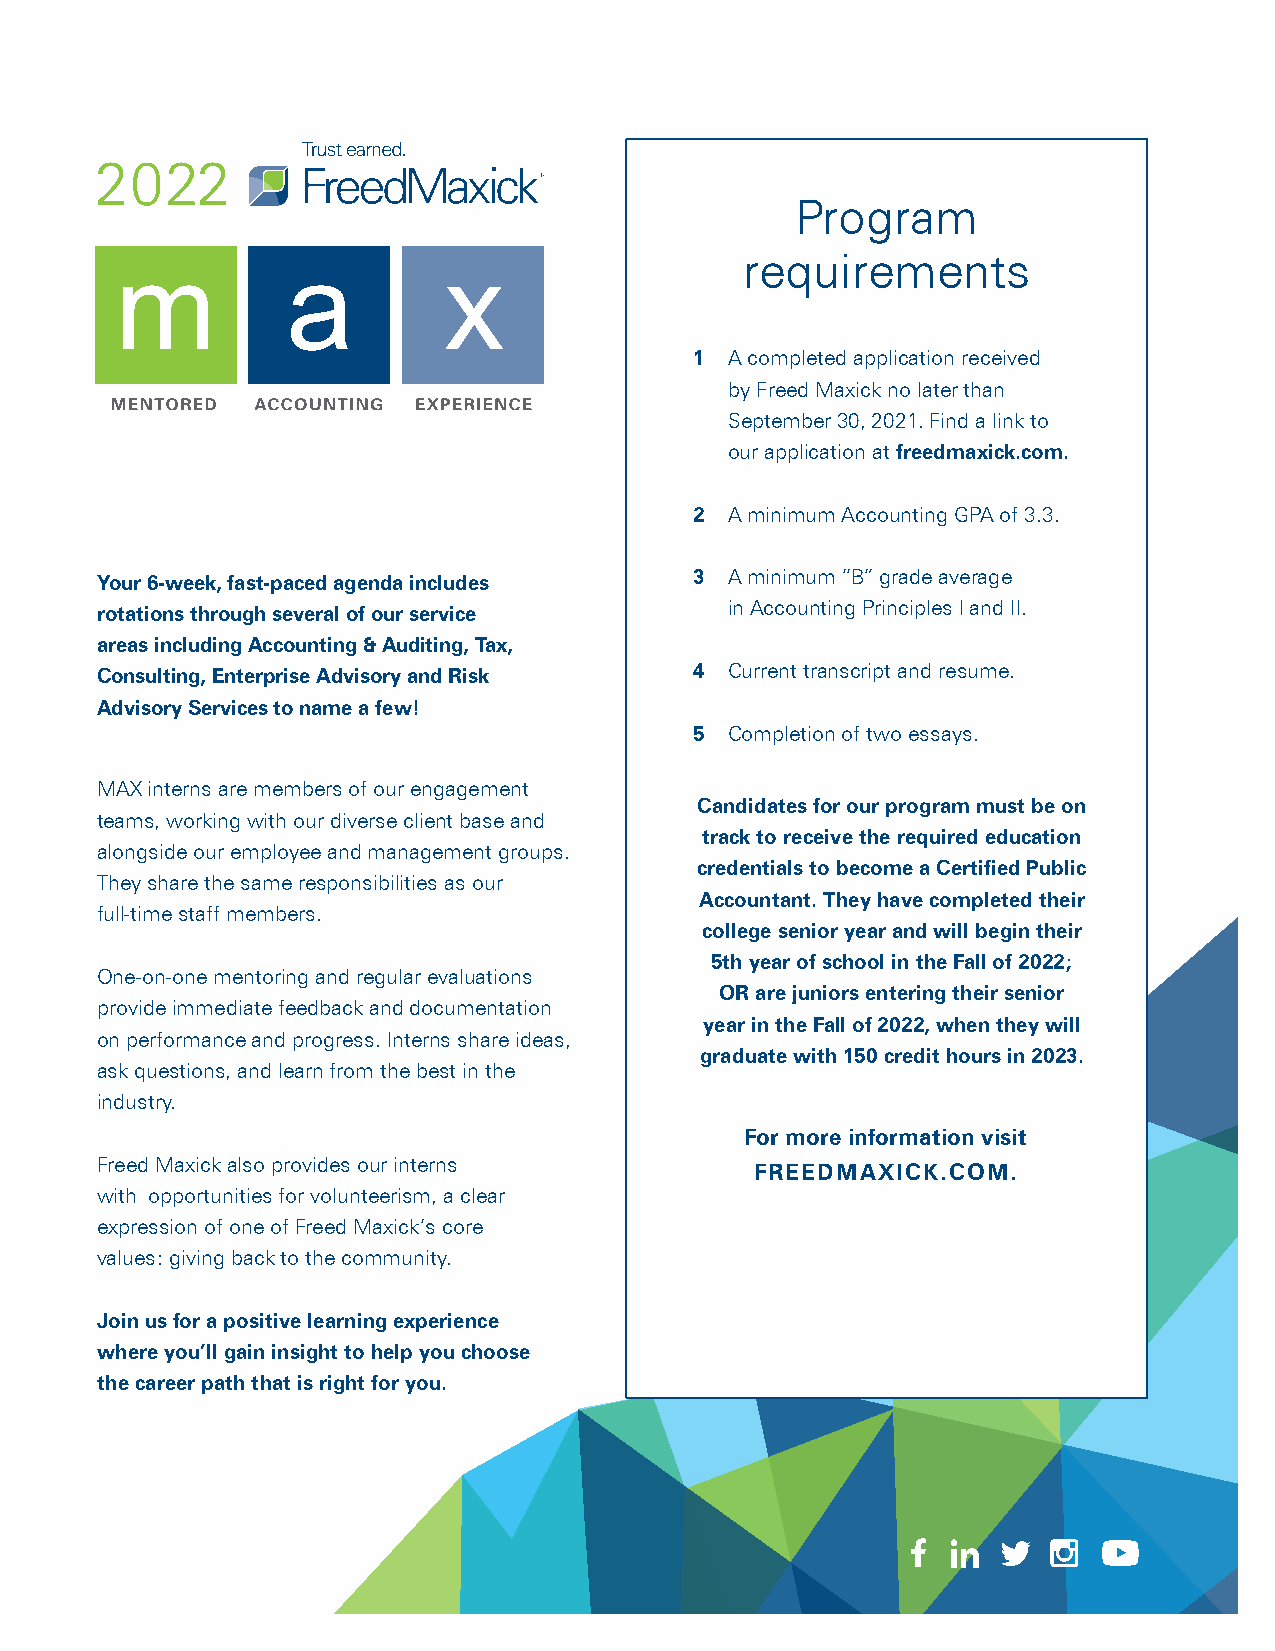
2022
 Program
 requirements
 1 A completed application received
 by Freed Maxick no later than
 September 30, 2021. Find a link to
 our application at freedmaxick.com.
 2 A minimum Accounting GPA of 3.3.
 Your 6-week, fast-paced agenda includes 3 A minimum “B” grade average
 rotations through several of our service  in Accounting Principles I and II.
 areas including Accounting & Auditing, Tax,
 Consulting, Enterprise Advisory and Risk 4 Current transcript and resume.
 Advisory Services to name a few!
 5 Completion of two essays.
 MAX interns are members of our engagement
 Candidates for our program must be on
 teams, working with our diverse client base and
 track to receive the required education
 alongside our employee and management groups.
 credentials to become a Certified Public
 They share the same responsibilities as our
 Accountant. They have completed their
 full-time staff members.
 college senior year and will begin their
 5th year of school in the Fall of 2022;
 One-on-one mentoring and regular evaluations
 OR are juniors entering their senior
 provide immediate feedback and documentation
 year in the Fall of 2022, when they will
 on performance and progress. Interns share ideas,
 graduate with 150 credit hours in 2023.
 ask questions, and learn from the best in the
 industry.
 For more information visit
 Freed Maxick also provides our interns
 FREEDMAXICK.COM.
 with opportunities for volunteerism, a clear
 expression of one of Freed Maxick’s core
 values: giving back to the community.
 Join us for a positive learning experience
 where you’ll gain insight to help you choose
 the career path that is right for you.